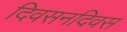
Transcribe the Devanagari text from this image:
दिवसनदिवस